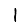
Digit: 1